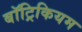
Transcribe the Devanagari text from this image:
बॉट्रिकियम